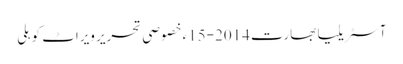
آسٹریلیا بھارت 2014-15ء خصوصی تحریر ویراٹ کوہلی